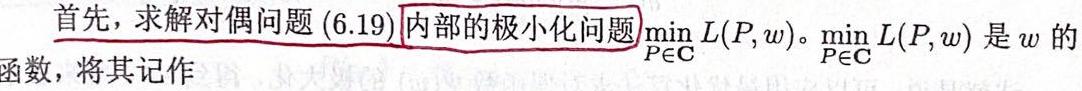
首先，求解对偶问题 (6.19)\underline{内部的极小化问题}$\min_{P\in\mathbf{C}} L(P, w)$。$\min_{P\in\mathbf{C}} L(P, w)$ 是 $w$ 的函数，将其记作